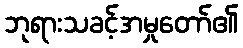
ဘုရားသခင့်အမှုတော်၏